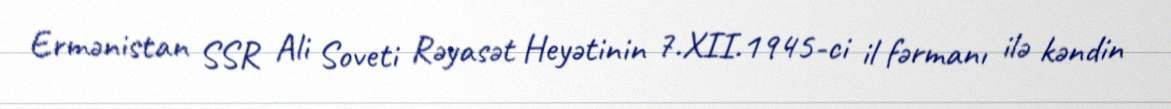
Ermənistan SSR Ali Soveti Rəyasət Heyətinin 7.XII.1945-ci il fərmanı ilə kəndin